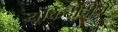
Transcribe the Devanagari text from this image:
यूकिदीदीज़